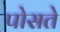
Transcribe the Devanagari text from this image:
पोसते